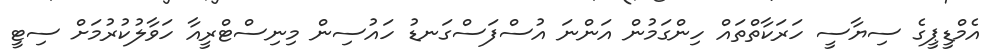
އެމްޑީޕީގެ ސިޔާސީ ހަރަކާތްތައް ހިންގަމުން އަންނަ އުސްފަސްގަނޑު ހައުސިން މިނިސްޓްރީއާ ހަވާލުކުރުމަށް ސިޓީ